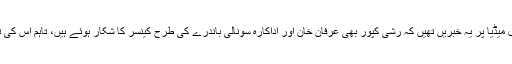
بھارتی میڈیا اور سوشل میڈیا پر یہ خبریں تھیں کہ رشی کپور بھی عرفان خان اور اداکارہ سونالی باندرے کی طرح کینسر کا شکار ہوئے ہیں، تاہم اس کی تصدیق نہیں ہوئی تھی۔